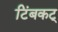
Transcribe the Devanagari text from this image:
टिंबकट्